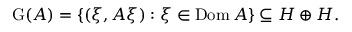
\operatorname { G } ( A ) = \{ ( \xi , A \xi ) : \xi \in \operatorname { D o m } A \} \subseteq H \oplus H .